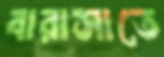
বারাসাতে